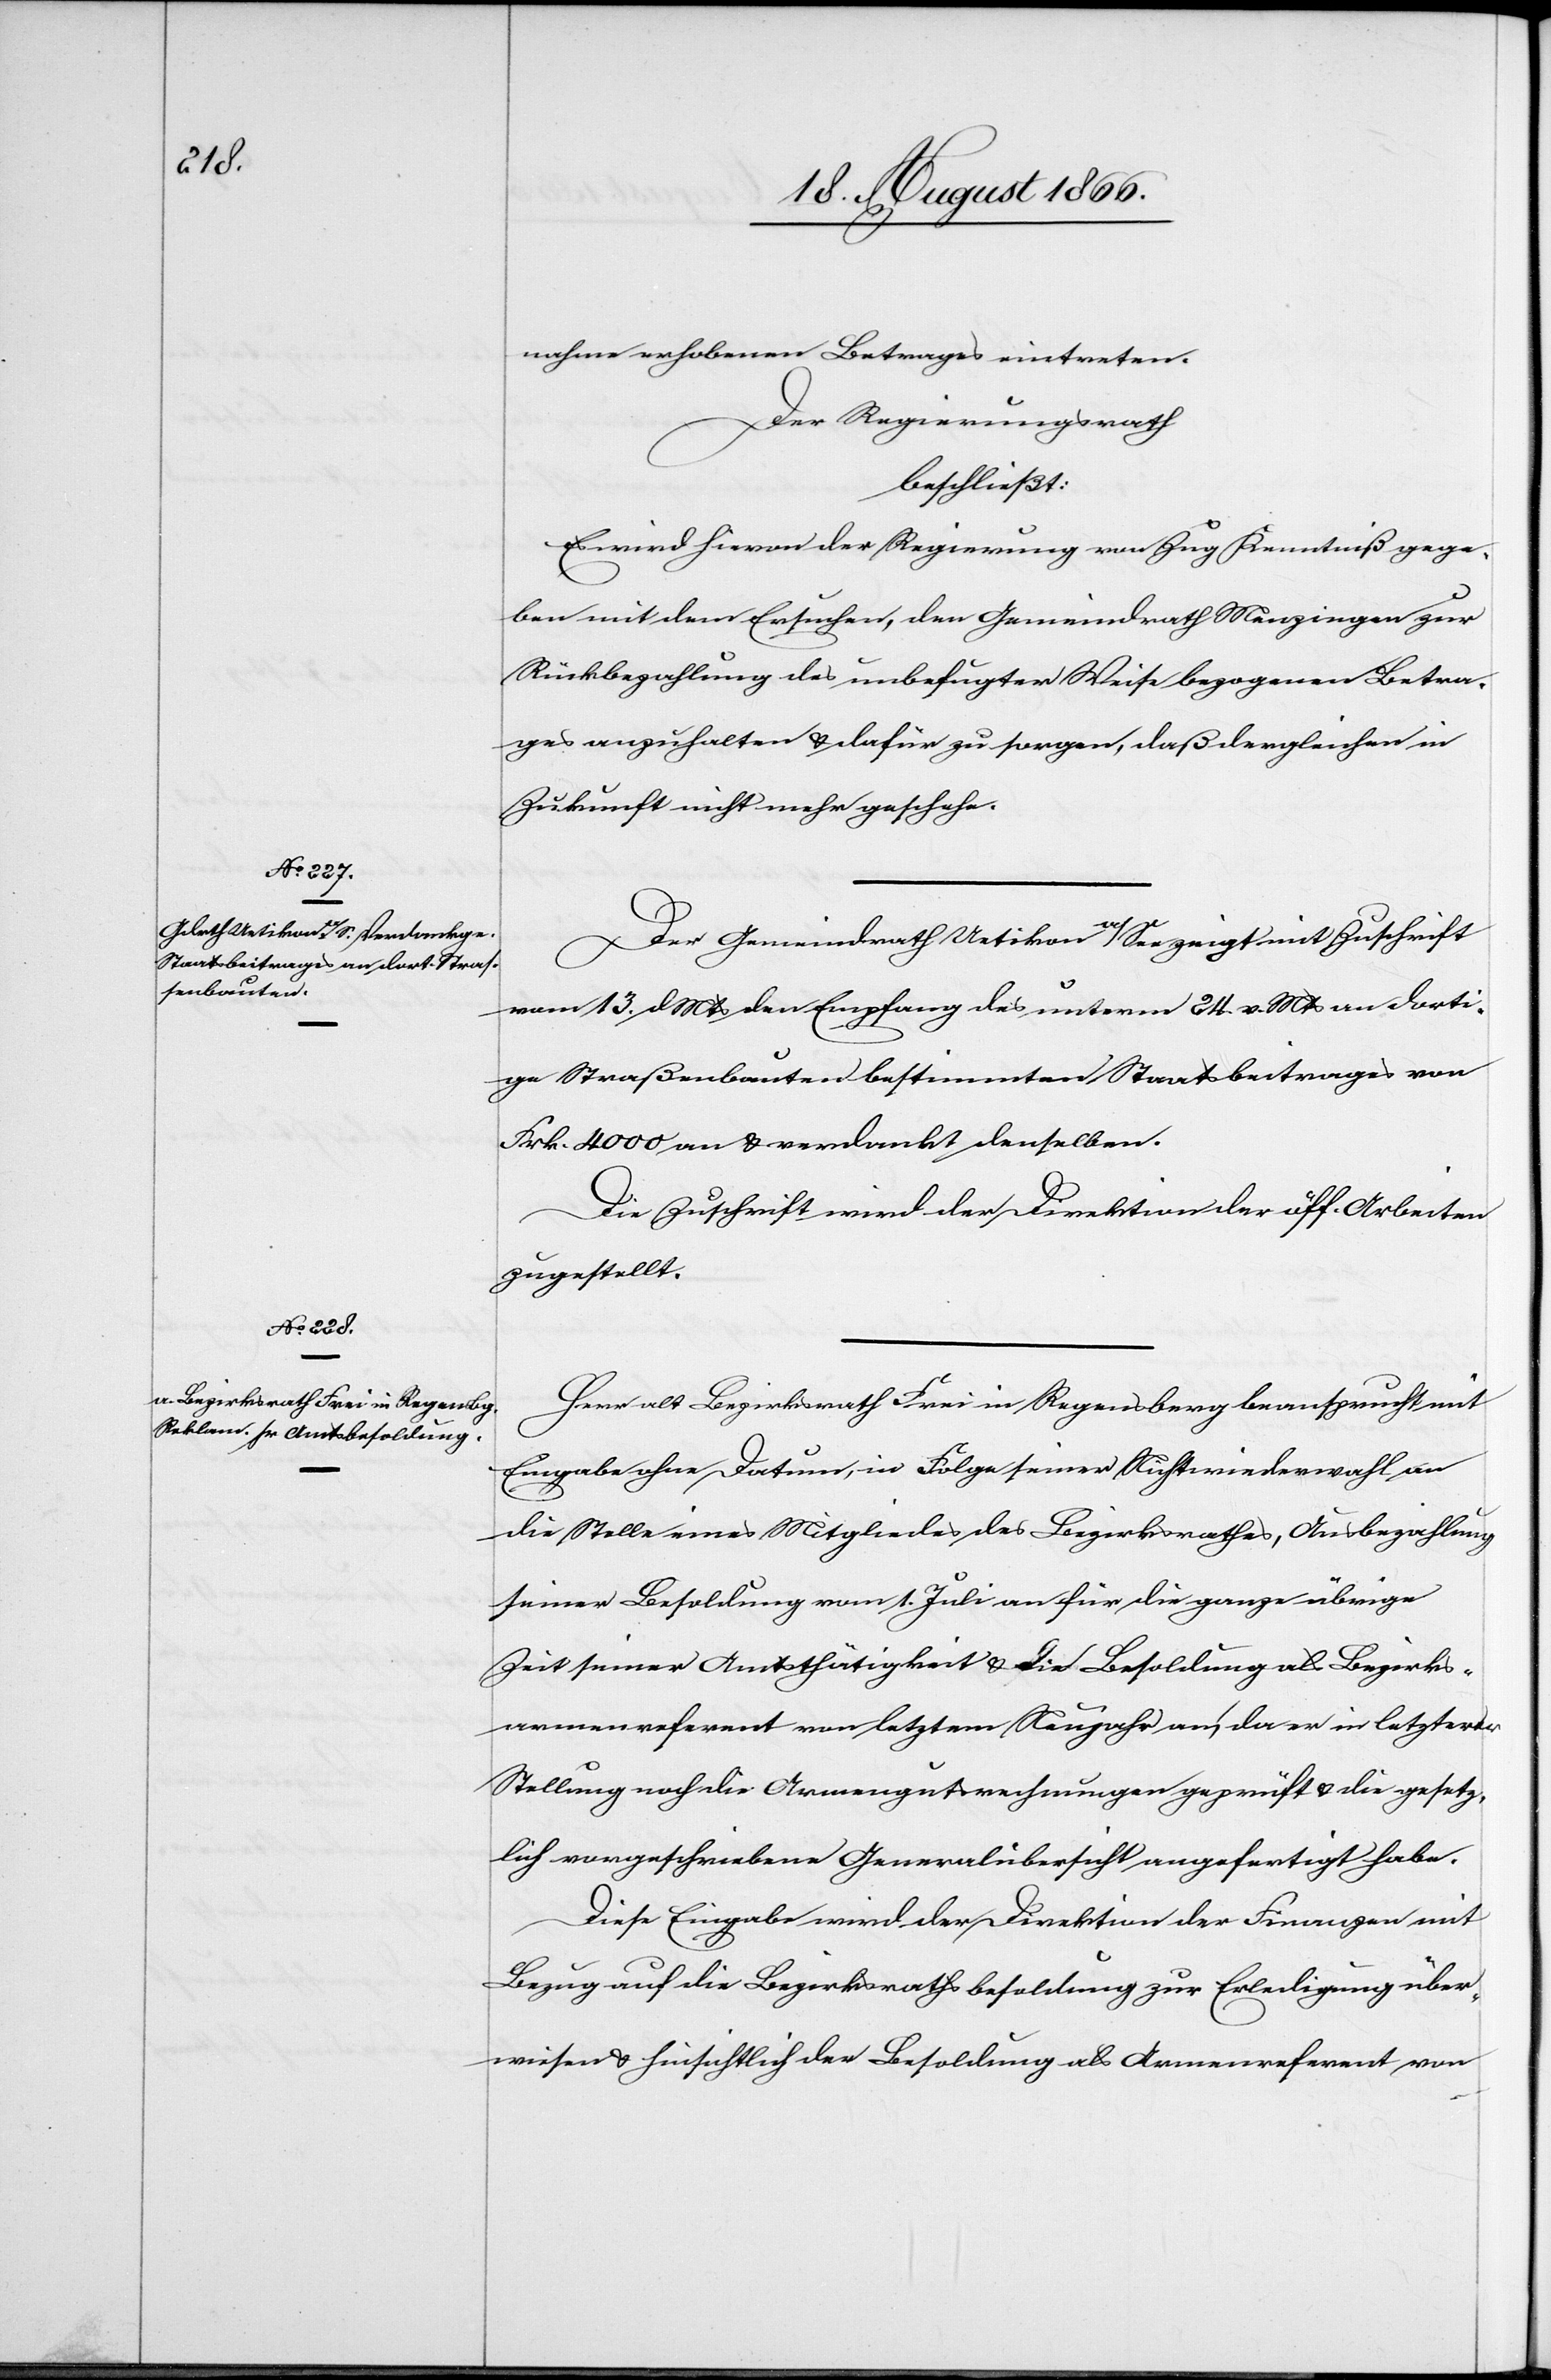
nahme erhobenen Betrages eintreten.
Der Regierungsrath,
beschließt:
Es wird hievon der Regierung von Zug Kenntniß gege¬
ben mit dem Ersuchen, den Gemeindrath Menzingen zur
Rückbezahlung des unbefugter Weise bezogenen Betra¬
ges anzuhalten u. dafür zu sorgen, daß dergleichen in
Zukunft nicht mehr geschehe.
Der Gemeindrath Uetikon a/See zeigt mit Zuschrift
vom 13. dMts den Empfang des unterm 24. v. Mts an dorti¬
ge Straßenbauten bestimmten Staatsbeitrages von
Frk. 4000 u. verdankt denselben.
Die Zuschrift wird der Direktion der öff. Arbeiten
zugestellt.
Herr alt Bezirksrath Frei in Regensberg beansprucht mit
Eingabe ohne Datum, in Folge seiner Nichtwiederwahl an
die Stelle eines Mitgliedes des Bezirksrathes, Ausbezahlung
seiner Besoldung vom 1. Juli an für die ganze übrige
Zeit seiner Amtsthätigkeit u. die Besoldung als Bezirks¬
armenreferent von letztem Neujahr an, da er in letzterer
Stellung noch die Armengutsrechnungen geprüft u. die gesetz¬
lich vorgeschriebene Generalübersicht angefertigt habe.
Diese Eingabe wird der Direktion der Finanzen mit
Bezug auf die Bezirskrathsbesoldung zur Erledigung über¬
wiesen u. hinsichtlich der Besoldung als Armenreferent von